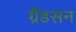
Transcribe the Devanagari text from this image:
ग्रैंडसन